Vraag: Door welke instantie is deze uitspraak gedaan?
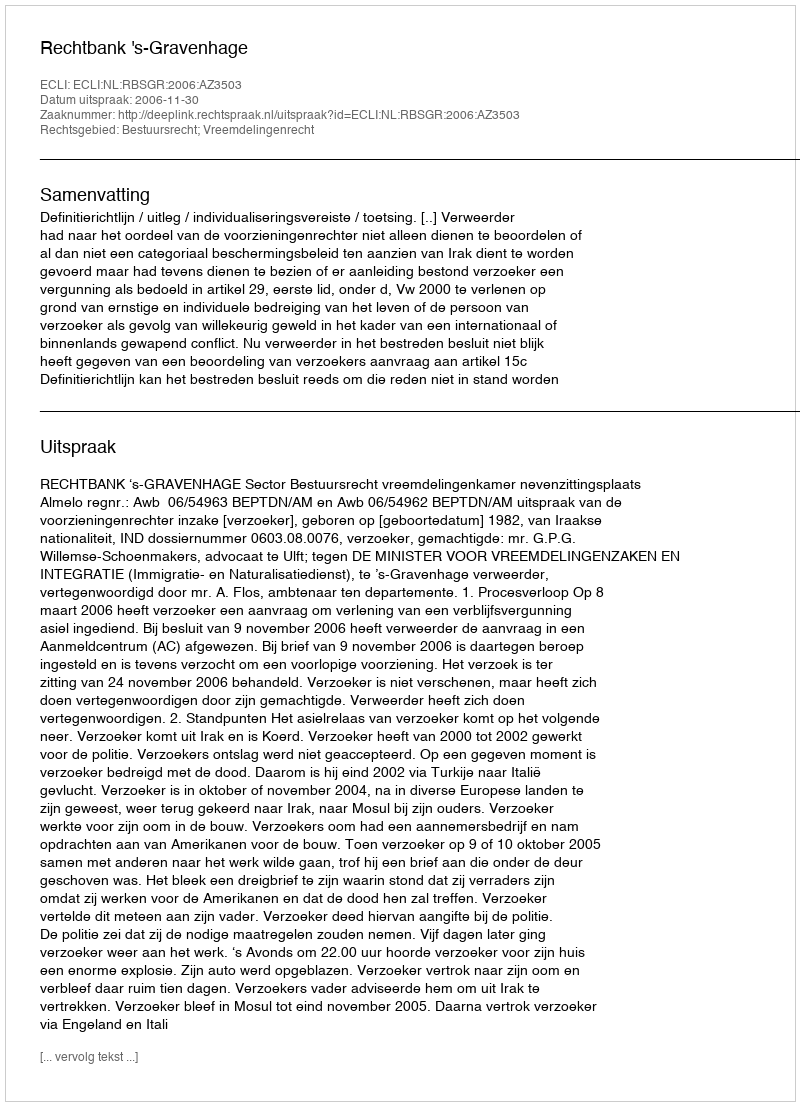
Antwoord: Rechtbank 's-Gravenhage